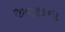
જીવજીના